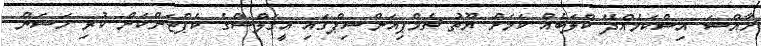
ހާއްސަ އިސްކަމެއްދޭ ކްލަބެއް ކަމަށް ޔޫތު ޗެމްޕިއަންޝިޕްގައި އީގަލްސްގެ ކެޕްޓަންކަން ކުރި ހަސަން